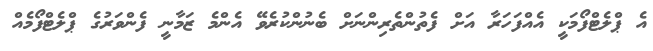
އެ ޕްލެޓްފޯމަކީ އެއްފަހަރާ އަށް ފެތުންތެރިންނަށް ބެނުންކުރެވޭ އެންމެ ޒަމާނީ ފެންވަރުގެ ޕްލެޓްފޯމެއް